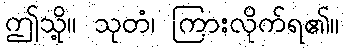
ဤသို့။ သုတံ၊ ကြားလိုက်ရ၏။